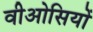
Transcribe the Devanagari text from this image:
वीओसियों